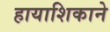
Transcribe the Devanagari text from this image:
हायाशिकाने